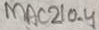
Text: MAC210-4